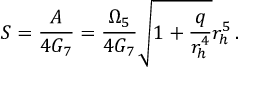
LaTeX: S = \frac { A } { 4 G _ { 7 } } = \frac { \Omega _ { 5 } } { 4 G _ { 7 } } \sqrt { 1 + \frac { q } { r _ { h } ^ { 4 } } } r _ { h } ^ { 5 } \, .